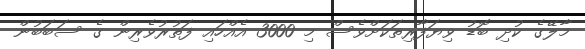
މާލޭގެ ކުދި ބޮޑު ވިޔަފާރިތަކަށްވެސް މި 3000 އެއްހައި ފަތުރުވެރިން ގެ ސަބަބުން